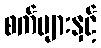
စက်များနှင့်